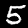
Label: 5